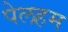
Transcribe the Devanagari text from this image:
पेलहम